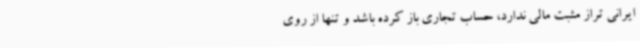
ایرانی تراز مثبت مالی ندارد، حساب تجاری باز کرده باشد و تنها از روی